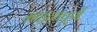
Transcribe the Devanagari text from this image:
माहत्वपूर्ण